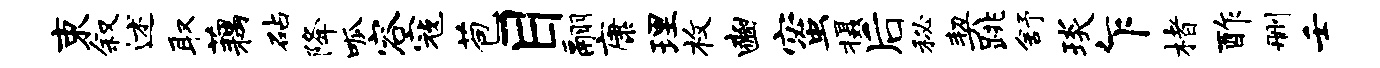
束叙述取藕砧降呱容寇苞目翮康理枚豳蜜摄后秘契跳舒琰乍楮酢删壬